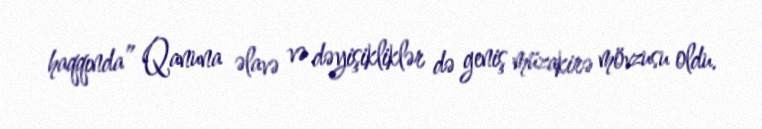
haqqında” Qanuna əlavə və dəyişikliklər də geniş müzakirə mövzusu oldu.